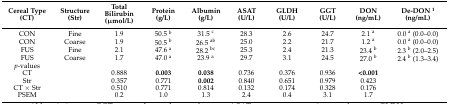
<table><thead><tr><td><b>Cereal Type (CT)</b></td><td><b>Structure (Str)</b></td><td><b>Total Bilirubin (μmol/L)</b></td><td><b>Protein (g/L)</b></td><td><b>Albumin (g/L)</b></td><td><b>ASAT (U/L)</b></td><td><b>GLDH (U/L)</b></td><td><b>GGT (U/L)</b></td><td><b>DON (ng/mL)</b></td><td><b>De-DON <sup>1</sup> (ng/mL)</b></td></tr></thead><tbody><tr><td>CON</td><td>Fine</td><td>1.9</td><td>50.5 <sup>b</sup></td><td>31.5 <sup>c</sup></td><td>28.3</td><td>2.6</td><td>24.7</td><td>2.1 <sup>a</sup></td><td>0.0 <sup>a</sup> (0.0–0.0)</td></tr><tr><td>CON</td><td>Coarse</td><td>1.9</td><td>50.5 <sup>b</sup></td><td>26.5 <sup>ab</sup></td><td>25.0</td><td>2.2</td><td>21.7</td><td>1.2 <sup>a</sup></td><td>0.0 <sup>a</sup> (0.0–0.0)</td></tr><tr><td>FUS</td><td>Fine</td><td>2.1</td><td>47.6 <sup>a</sup></td><td>28.2 <sup>bc</sup></td><td>25.3</td><td>2.4</td><td>21.3</td><td>23.4 <sup>b</sup></td><td>2.3 <sup>b</sup> (2.0–2.5)</td></tr><tr><td>FUS</td><td>Coarse</td><td>1.7</td><td>47.0 <sup>a</sup></td><td>23.9 <sup>a</sup></td><td>29.7</td><td>3.1</td><td>24.5</td><td>27.0 <sup>b</sup></td><td>2.4 <sup>b</sup> (1.3–3.4)</td></tr><tr><td><i>p</i>-values</td><td></td><td></td><td></td><td></td><td></td><td></td><td></td><td></td><td></td></tr><tr><td>CT</td><td></td><td>0.888</td><td><b>0.003</b></td><td><b>0.038</b></td><td>0.736</td><td>0.376</td><td>0.936</td><td><b>&lt;0.001</b></td><td></td></tr><tr><td>Str</td><td></td><td>0.357</td><td>0.771</td><td><b>0.002</b></td><td>0.840</td><td>0.651</td><td>0.979</td><td>0.423</td><td></td></tr><tr><td>CT × Str</td><td></td><td>0.510</td><td>0.771</td><td>0.814</td><td>0.132</td><td>0.174</td><td>0.328</td><td>0.176</td><td></td></tr><tr><td>PSEM</td><td></td><td>0.2</td><td>1.0</td><td>1.3</td><td>2.4</td><td>0.4</td><td>3.1</td><td>1.7</td><td></td></tr></tbody></table>